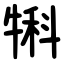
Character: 犐